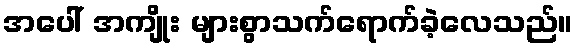
အပေါ် အကျိုး များစွာသက်ရောက်ခဲ့လေသည်။